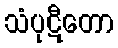
သံပုဋီတော